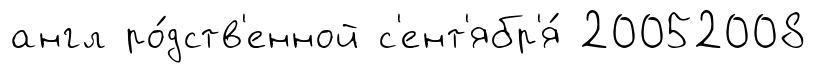
англ ро́дств'енной с'ент'ябр'я́ 20052008